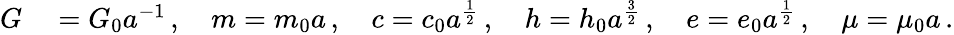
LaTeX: \begin{array}{rl}{G}&{{}=G_{0}a^{-1}\, ,\quad m=m_{0}a\, ,\quad c=c_{0}a^{\frac{1}{2}}\, ,\quad h=h_{0}a^{\frac{3}{2}}\, ,\quad e=e_{0}a^{\frac{1}{2}}\, ,\quad\mu=\mu_{0}a\, .}\end{array}